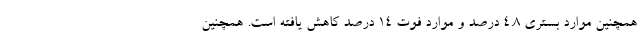
همچنین موارد بستری ۴.۸ درصد و موارد فوت ۱۴ درصد کاهش یافته است. همچنین